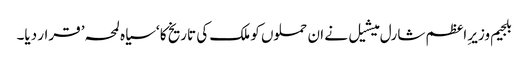
بلجیم وزیرِ اعظم شارل میشیل نے ان حملوں کو ملک کی تاریخ کا ‘سیاہ لمحہ’ قرار دیا۔